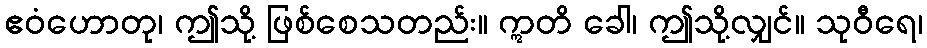
ဧဝံဟောတု၊ ဤသို့ ဖြစ်စေသတည်း။ ဣတိ ခေါ၊ ဤသို့လျှင်။ သုဝီရေ၊